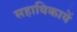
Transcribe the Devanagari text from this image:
सहायिकायें